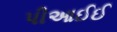
પીઆઈઈ